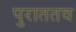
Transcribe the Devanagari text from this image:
पुराततव